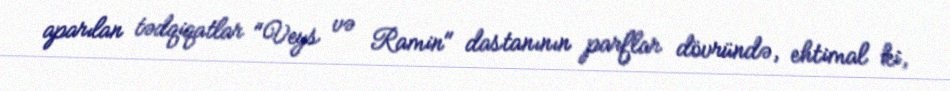
aparılan tədqiqatlar "Veys və Ramin" dastanının parflar dövründə, ehtimal ki,